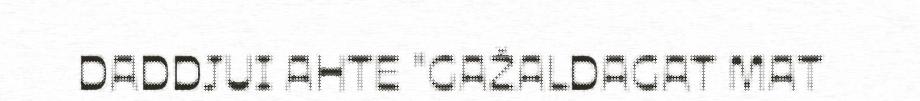
DADDJUI AHTE "GAŽALDAGAT MAT